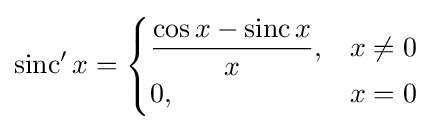
\operatorname {sinc} 'x={\begin{cases}{\dfrac {\cos x-\operatorname {sinc} x}{x}},&x\neq 0\\0,&x=0\end{cases}}